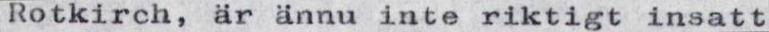
Rotkirch, är ännu inte riktigt insatt